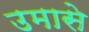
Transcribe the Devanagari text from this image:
उमासे